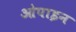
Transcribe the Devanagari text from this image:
ओपाइन